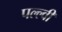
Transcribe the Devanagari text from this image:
पल्ल्वी